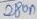
Text: 280µF